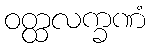
ဝတ္ထလက္ခဏံ